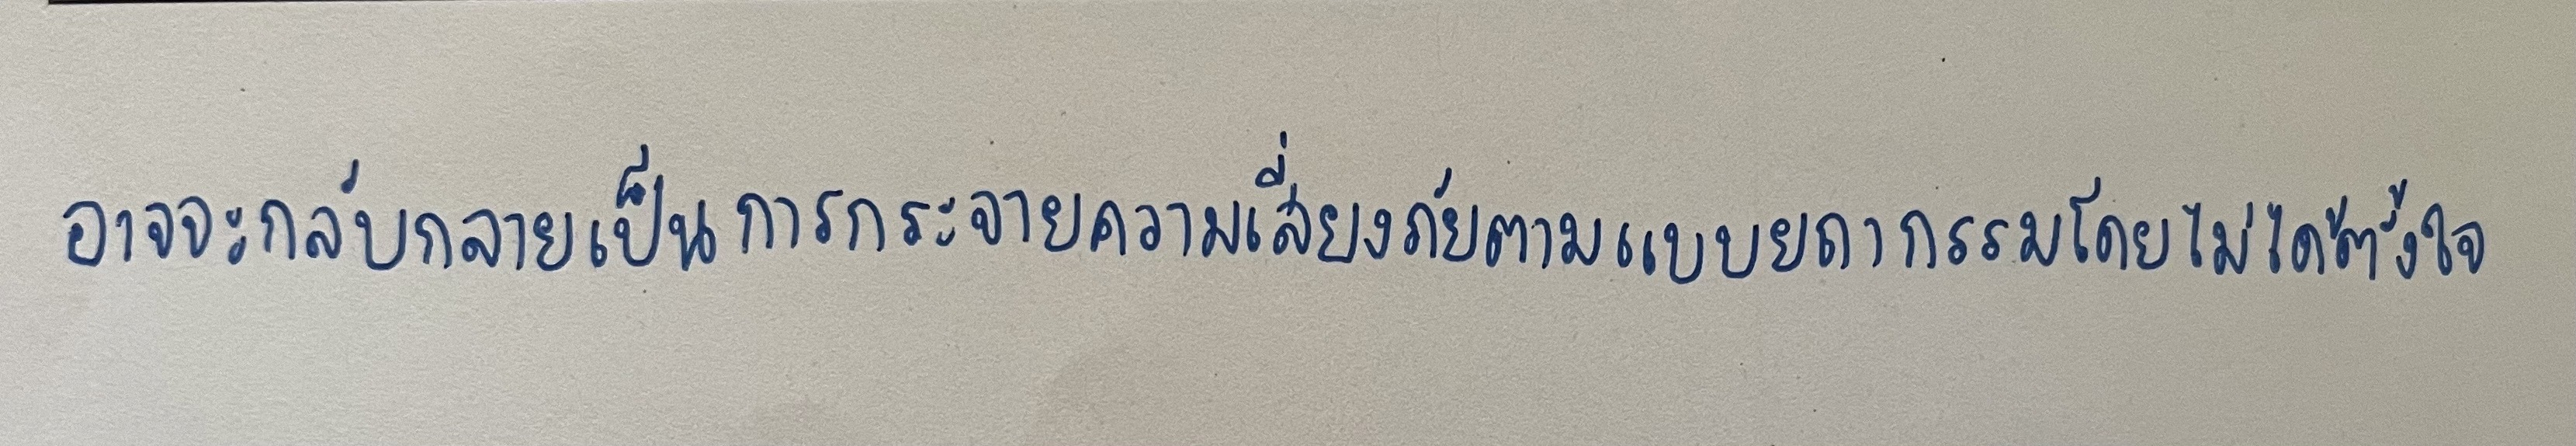
อาจจะกลับกลายเป็นการกระจายความเสี่ยงภัยตามแบบยถากรรมโดยไม่ได้ตั้งใจ